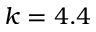
k = 4 . 4